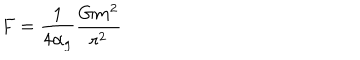
LaTeX: F = \frac { 1 } { 4 \alpha _ { g } } \frac { G m ^ { 2 } } { r ^ { 2 } }